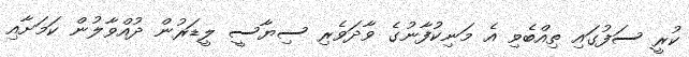
ކުރީ ސަފުގައި ތިއްބެވި އެ މަނިކުފާނުގެ ވާދަވެރި ސިޔާސީ ލީޑަރުން ދުއްވާލުން ކަމަށާއި